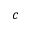
c